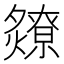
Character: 𬋘